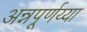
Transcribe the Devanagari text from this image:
अन्नपूर्णय्या